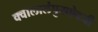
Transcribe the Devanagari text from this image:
क्वालालंपुराऐवजी